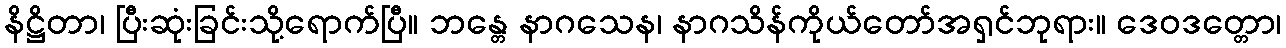
နိဋ္ဌိတာ၊ ပြီးဆုံးခြင်းသို့ရောက်ပြီ။ ဘန္တေ နာဂသေန၊ နာဂသိန်ကိုယ်တော်အရှင်ဘုရား။ ဒေဝဒတ္တော၊